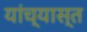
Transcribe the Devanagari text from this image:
यांच्यास्त